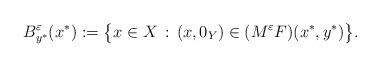
LaTeX: \begin{align*}B_{y^{\ast }}^{\varepsilon }(x^{\ast }):=\big\{x\in X\,:\,(x,0_{Y})\in(M^{\varepsilon }F)(x^{\ast },y^{\ast })\big\}. \end{align*}